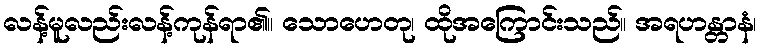
လန့်မူလည်းလန့်ကုန်ရာ၏။ သောဟေတု၊ ထိုအကြောင်းသည်။ အရဟန္တာနံ၊